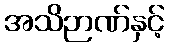
အသိဉာဏ်နှင့်